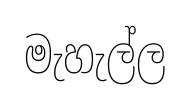
මැහැල්ල